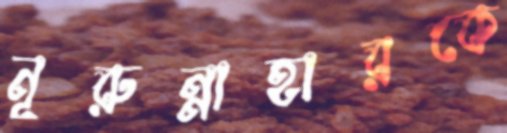
নূরুন্নাহারকে